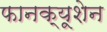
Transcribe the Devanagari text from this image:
फानक्यूशेन